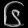
Digit: ၆